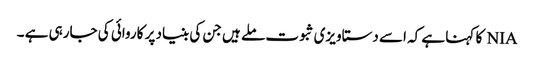
NIA کا کہنا ہے کہ اسے دستاویزی ثبوت ملے ہیں جن کی بنیاد پر کاروائی کی جارہی ہے ۔